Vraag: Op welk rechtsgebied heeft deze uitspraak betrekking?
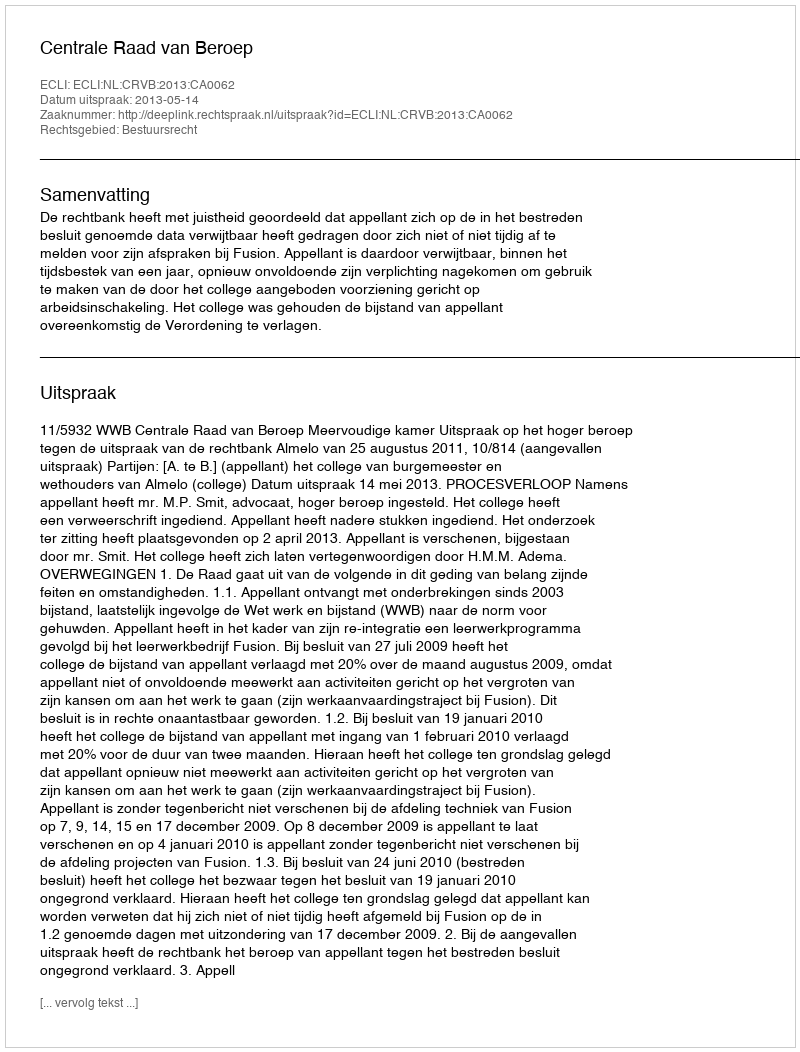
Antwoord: Bestuursrecht